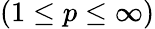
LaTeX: (1\leq{p}\leq\infty)